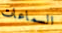
السماعات